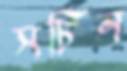
সচিন